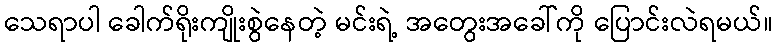
သေရာပါ ခေါက်ရိုးကျိုးစွဲနေတဲ့ မင်းရဲ့ အတွေးအခေါ်ကို ပြောင်းလဲရမယ်။